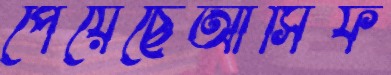
পেয়েছেআসিফ